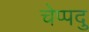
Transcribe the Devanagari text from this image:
चेप्पदु